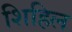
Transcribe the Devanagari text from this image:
शिहिल